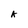
Character: A